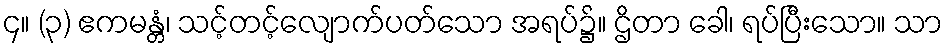
၄။ (၃) ဧကမန္တံ၊ သင့်တင့်လျောက်ပတ်သော အရပ်၌။ ဌိတာ ခေါ၊ ရပ်ပြီးသော။ သာ